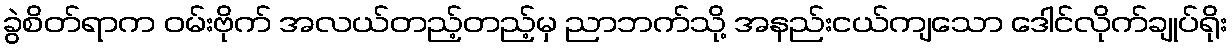
ခွဲစိတ်ရာက ဝမ်းဗိုက် အလယ်တည့်တည့်မှ ညာဘက်သို့ အနည်းငယ်ကျသော ဒေါင်လိုက်ချုပ်ရိုး